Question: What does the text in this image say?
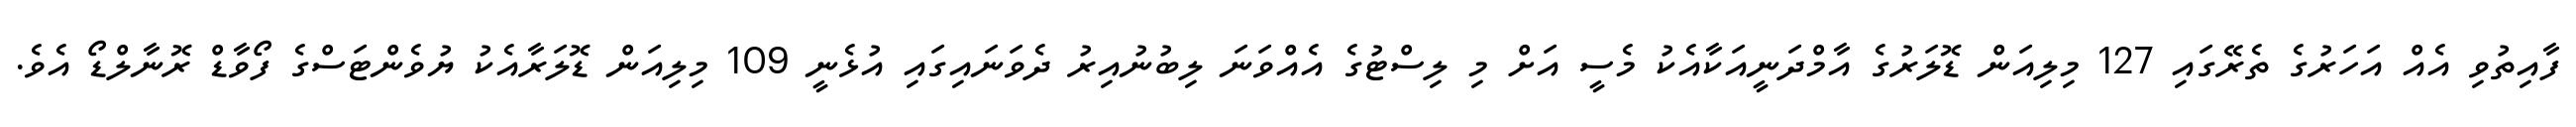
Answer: ފާއިތުވި އެއް އަހަރުގެ ތެރޭގައި 127 މިލިއަން ޑޮލަރުގެ އާމްދަނީއަކާއެކު މެސީ އަށް މި ލިސްޓުގެ އެއްވަނަ ލިބުނުއިރު ދެވަނައިގައި އުޅެނީ 109 މިލިއަން ޑޮލަރާއެކު ޔުވެންޓަސްގެ ފޯވާޑް ރޮނާލްޑޯ އެވެ.